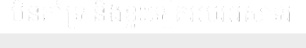
មិនគាំទ្រ និងខ្លះទៀតអបអរសាទរ